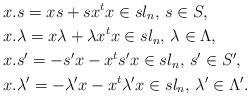
LaTeX: \begin{align*} & x.s=xs+sx^{t}x\in sl_{n},\,s\in S,\\ & x.\lambda=x\lambda+\lambda x^{t}x\in sl_{n},\,\lambda\in\Lambda,\\ & x.s'=-s'x-x^{t}s'x\in sl_{n},\,s'\in S',\\ & x.\lambda'=-\lambda'x-x^{t}\lambda'x\in sl_{n},\,\lambda'\in\Lambda'.\end{align*}